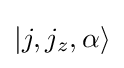
|j,j_{z},\alpha \rangle